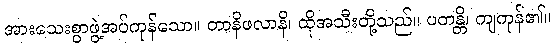
အားသေးစွာဖွဲ့အပ်ကုန်သော။ တာနိဖလာနိ၊ ထိုအသီးတို့သည်။ ပတန္တိ၊ ကျကုန်၏။